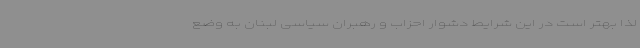
لذا بهتر است در این شرایط دشوار احزاب و رهبران سیاسی لبنان به وضع